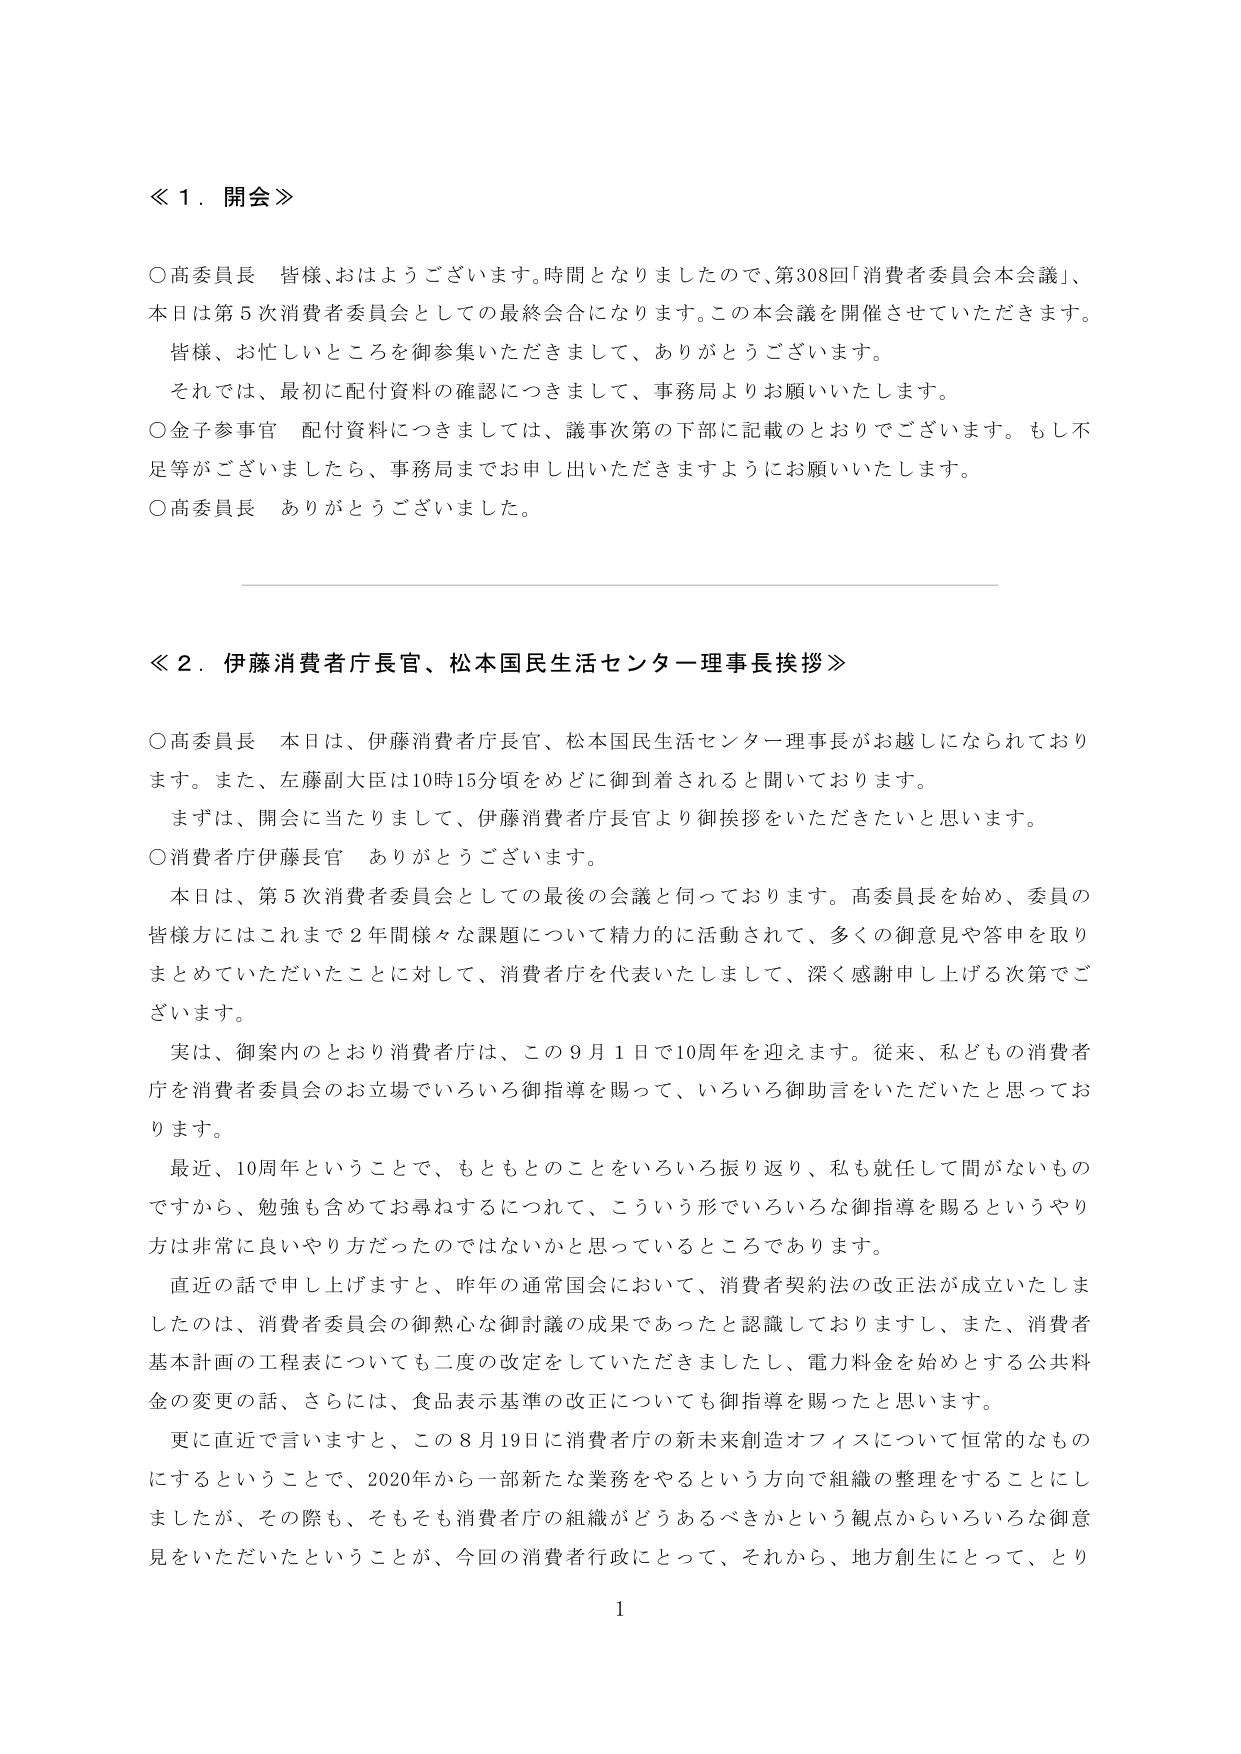
≪１．開会≫

○高委員長　皆様、おはようございます。時間となりましたので、第308回「消費者委員会本会議」、本日は第5次消費者委員会としての最終会合になります。この本会議を開催させていただきます。
　皆様、お忙しいところを御参集いただきまして、ありがとうございます。
　それでは、最初に配付資料の確認につきまして、事務局よりお願いいたします。

○金子参事官　配付資料につきましては、議事次第の下部に記載のとおりでございます。もし不足等がございましたら、事務局までお申し出いただきますようにお願いいたします。

○高委員長　ありがとうございました。

≪２．伊藤消費者庁長官、松本国民生活センター理事長挨拶≫

○高委員長　本日は、伊藤消費者庁長官、松本国民生活センター理事長がお越しになられております。また、左藤副大臣は10時15分頃をめどに御到着されると聞いております。
　まずは、開会に当たりまして、伊藤消費者庁長官より御挨拶をいただきたいと思います。

○消費者庁伊藤長官　ありがとうございます。
　本日は、第5次消費者委員会としての最後の会議と伺っております。高委員長を始め、委員の皆様方にはこれまで2年間様々な課題について精力的に活動されて、多くの御意見や答申を取りまとめていただいたことに対して、消費者庁を代表いたしまして、深く感謝申し上げる次第でございます。
　実は、御案内のとおり消費者庁は、この9月1日で10周年を迎えます。従来、私どもの消費者庁を消費者委員会のお立場でいろいろ御指導を賜って、いろいろ御助言をいただいたと思っております。
　最近、10周年ということで、もともとのことをいろいろ振り返り、私も就任して間がないものですから、勉強も含めてお尋ねするにつれて、こういう形でいろいろな御指導を賜るというやり方は非常に良いやり方だったのではないかと思っているところであります。
　直近の話で申し上げますと、昨年の通常国会において、消費者契約法の改正法が成立いたしましたのは、消費者委員会の御熱心な御討議の成果であったと認識しておりますし、また、消費者基本計画の工程表についても二度の改定をしていただきましたし、電力料金を始めとする公共料金の変更の話、さらには、食品表示基準の改正についても御指導を賜ったと思います。
　更に直近で言いますと、この8月19日に消費者庁の新未来創造オフィスについて恒常的なものにするということで、2020年から一部新たな業務をやるという方向で組織の整理をすることにしましたが、その際も、そもそも消費者庁の組織がどうあるべきかという観点からいろいろな御意見をいただいたということが、今回の消費者行政にとって、それから、地方創生にとって、とり

1